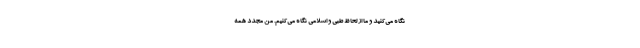
نگاه می‌کنید و ما از لحاظ طبی و اسلامی نگاه می‌کنیم. من مجدد همه